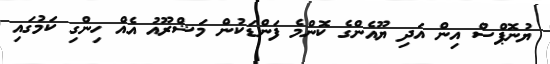
ޔުނޮޕްސް އިން އަދި ޔޫއެންގެ ކޮންމެ ފަންޑަކުން މަޝްރޫއު އެއް ހިންގި ކަމުގައި